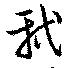
軾